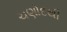
ચણોદથી